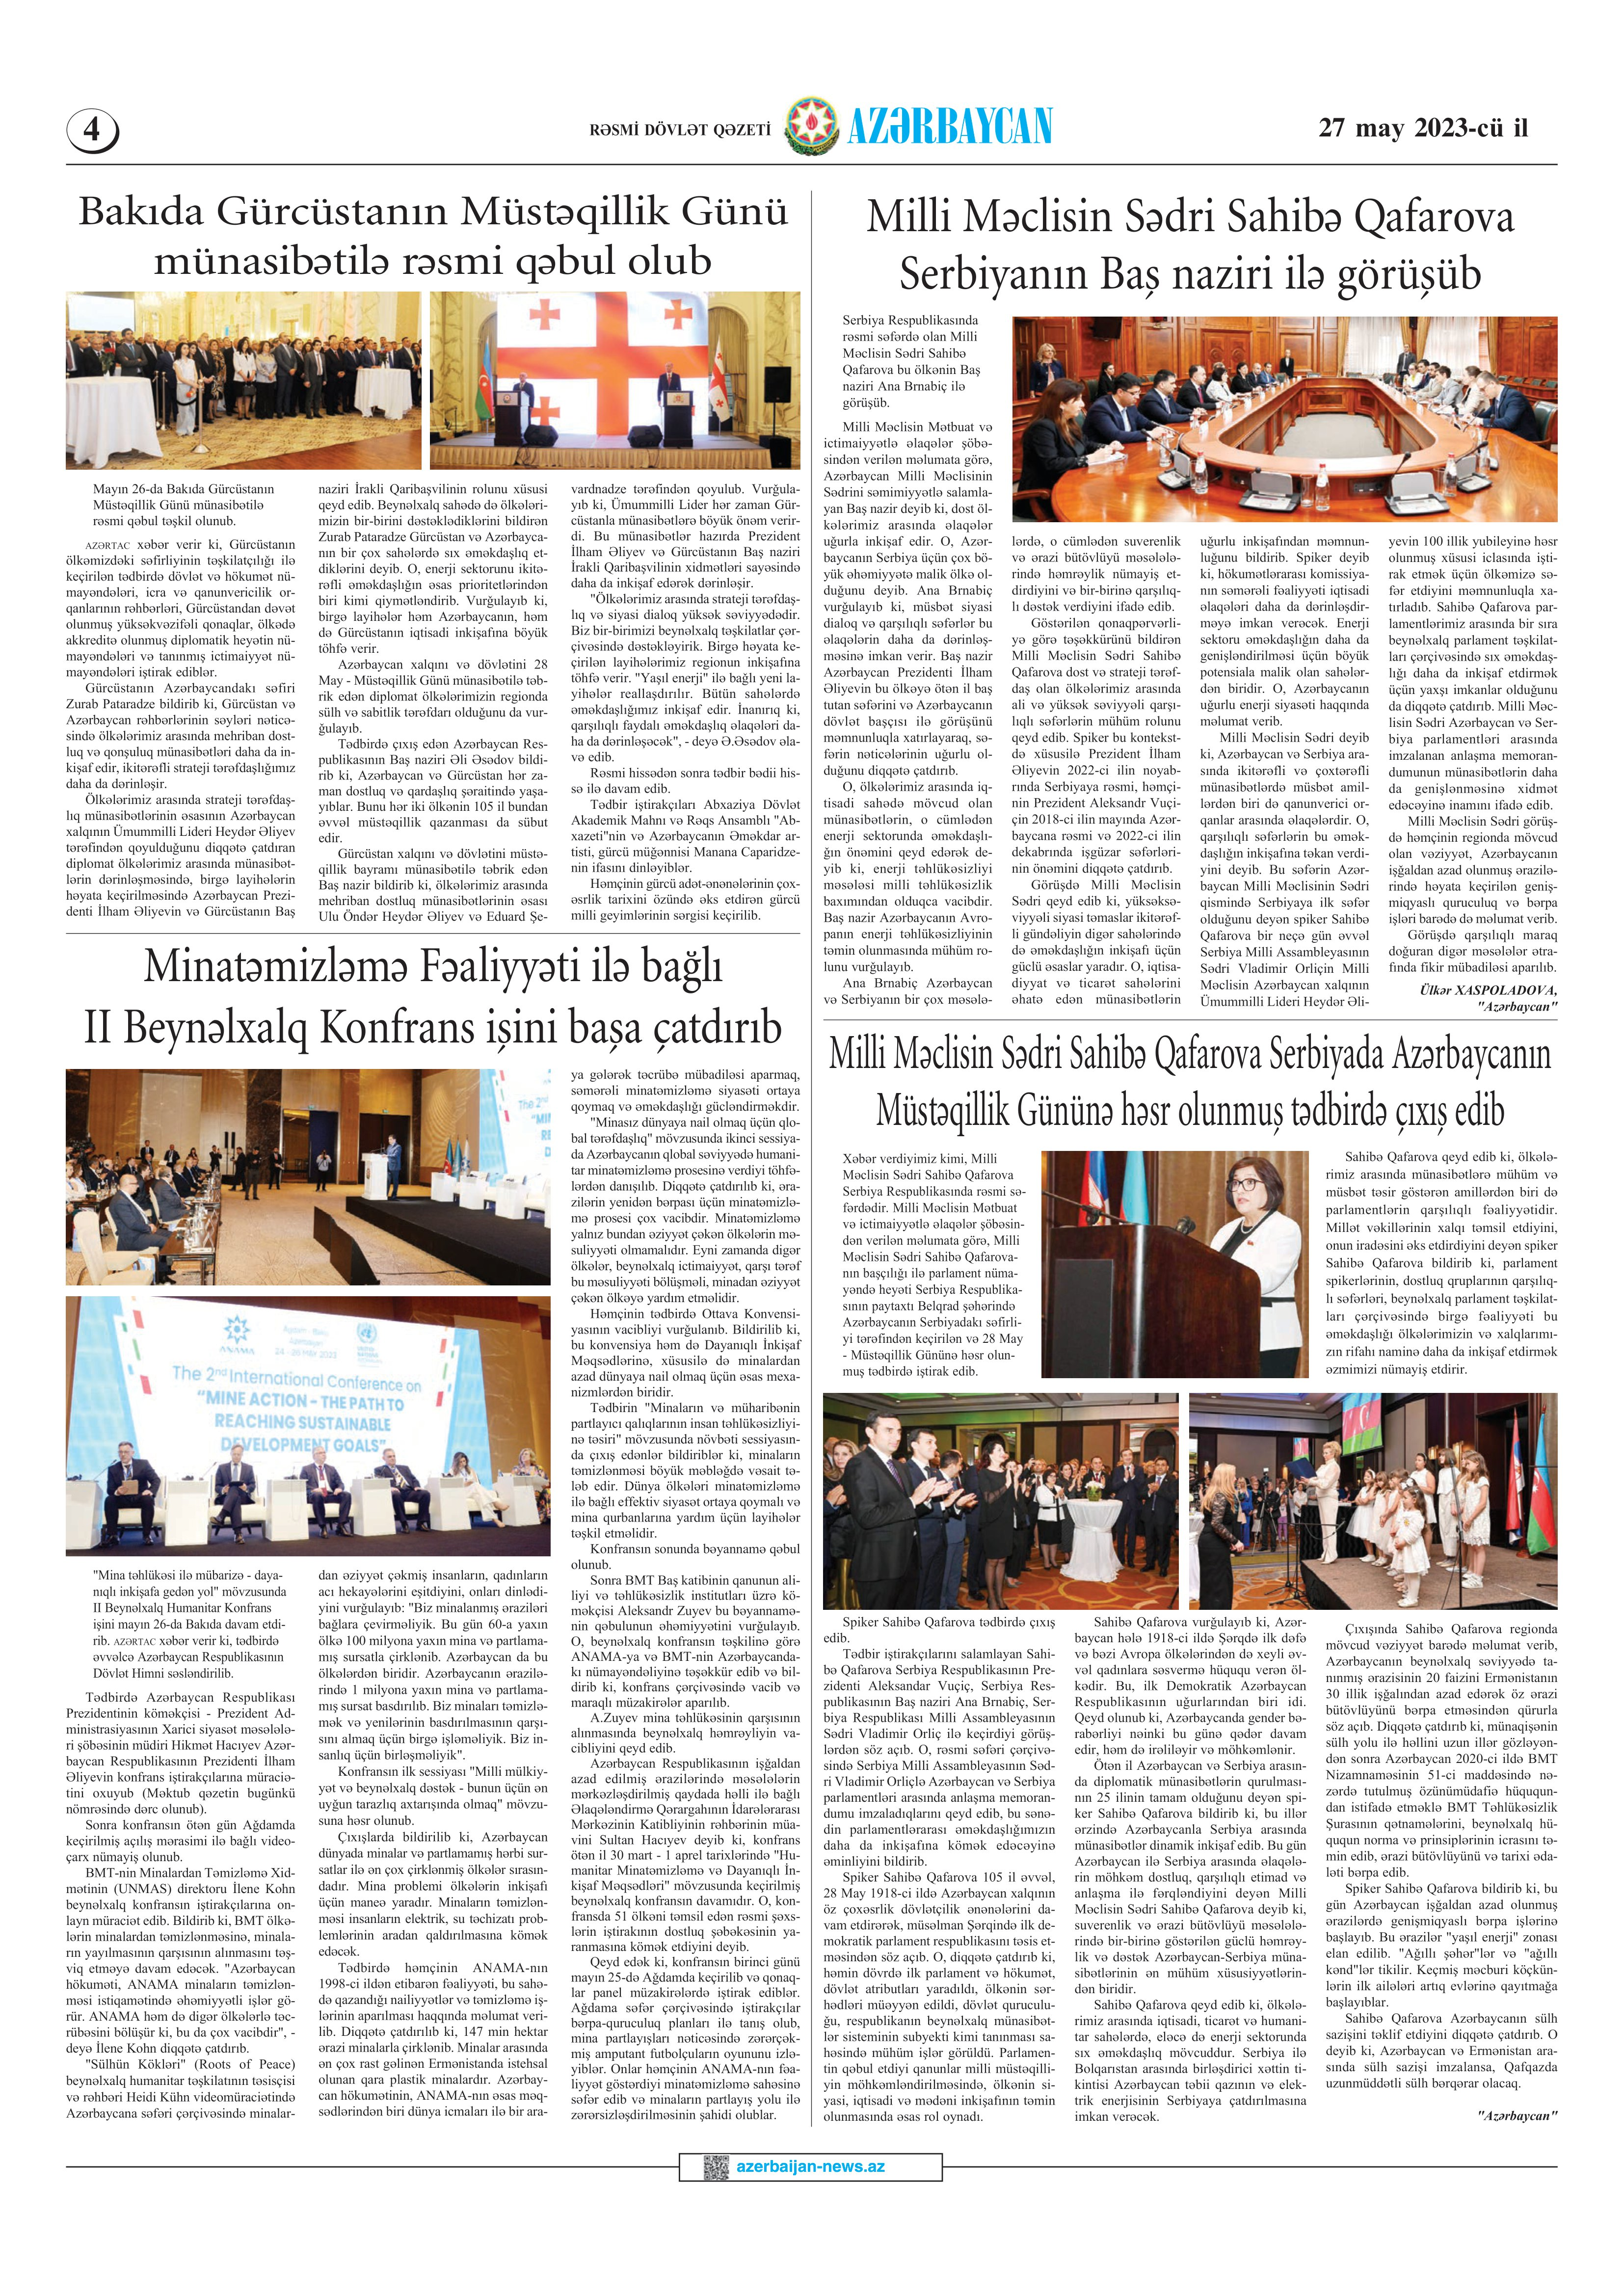
Language: az